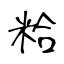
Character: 粭